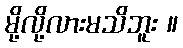
မို့လို့လားမသိဘူး ။